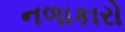
નળાકારો